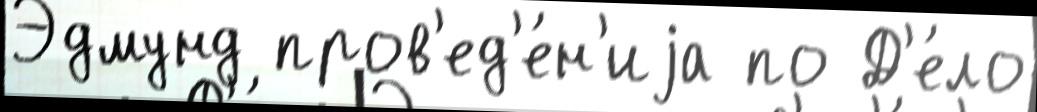
Эдмунд пров'ед'е́н'иjа по Д'е́ло